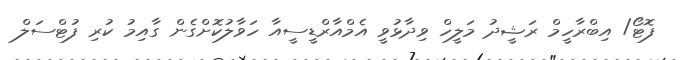
ފޮޓޯ/ އިބްރާހީމް ރަޝީދު މަލީހް ވިދާޅުވީ އެމްއާރްޑީސީއާ ހަވާލުކޮށްގެން ގާއިމު ކުރި ފުޓްސަލް